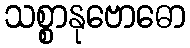
သစ္စာနုဗောဓော